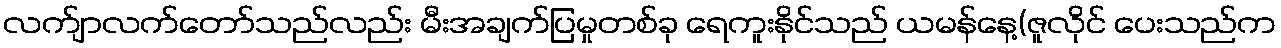
လက်ျာလက်တော်သည်လည်း မီးအချက်ပြမှုတစ်ခု ရေကူးနိုင်သည် ယမန်နေ့(ဇူလိုင် ပေးသည်က